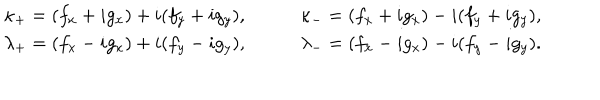
LaTeX: \begin{array} { l l } { { \kappa _ { + } = ( f _ { x } + i g _ { x } ) + i ( f _ { y } + i g _ { y } ) , } } & { { \qquad \kappa _ { - } = ( f _ { x } + i g _ { x } ) - i ( f _ { y } + i g _ { y } ) , } } \\ { { \lambda _ { + } = ( f _ { x } - i g _ { x } ) + i ( f _ { y } - i g _ { y } ) , } } & { { \qquad \lambda _ { - } = ( f _ { x } - i g _ { x } ) - i ( f _ { y } - i g _ { y } ) . } } \\ \end{array}